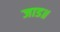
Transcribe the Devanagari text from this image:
जाड॥